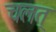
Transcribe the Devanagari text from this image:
चलत्